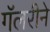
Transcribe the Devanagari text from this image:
गॅलरीने